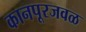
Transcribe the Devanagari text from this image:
कानपूरजवळ